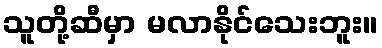
သူတို့ဆီမှာ မလာနိုင်သေးဘူး။